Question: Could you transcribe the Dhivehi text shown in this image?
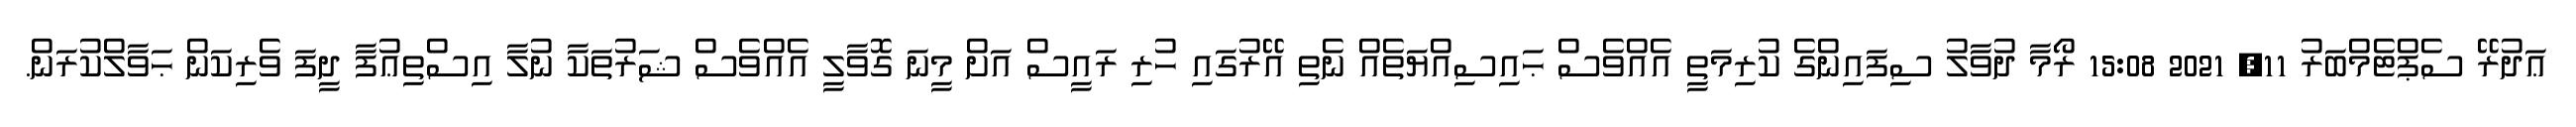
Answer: ޢަދުރޭ ސެޕްޓެމްބަރު 11, 2021 15:08 ރޯމާ ދުވާލު ސިފައިންގެ ކުރިމަތީ އެއްވެސް ޙައިސިއްޔަތެއް ނެތި އޭރުގައި ހުރި ރައީސް އަށް މީނަ ގޮވާލީ އެއްވެސް ޝަރުތަކާ ނުލާ އިސްތިޢުފާ ދީފަ ވެރިކަން ޙަވާލްކުރަން.